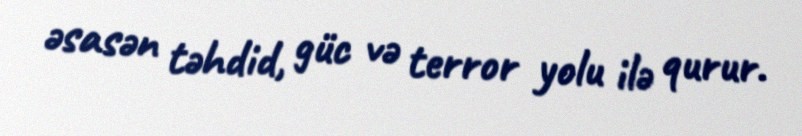
əsasən təhdid, güc və terror yolu ilə qurur.